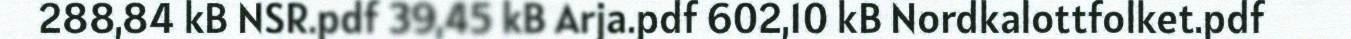
288,84 kB NSR.pdf 39,45 kB Arja.pdf 602,10 kB Nordkalottfolket.pdf